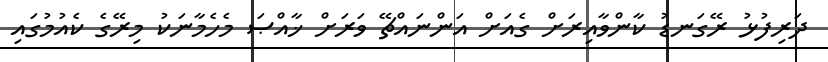
ދަރިފުޅު ރޭގަނޑު ކާންވާއިރަށް ގެއަށް އަންނައްޗޭ ވަރަށް ޚާއްޞަ މެހެމާނަކު މިރޭގެ ކެއުމުގައި